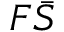
F \bar { S }